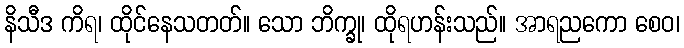
နိသီဒ ကိရ၊ ထိုင်နေသတတ်။ သော ဘိက္ခု၊ ထိုရဟန်းသည်။ အာရညကော စေဝ၊